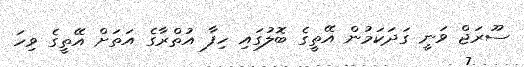
ސޫރަޖް ވަނީ ގަދަކަމުން އޭތީގެ ބޮލުގައި ހިފާ އުތްރާގެ އަތަށް އޭތީގެ ވިހަ